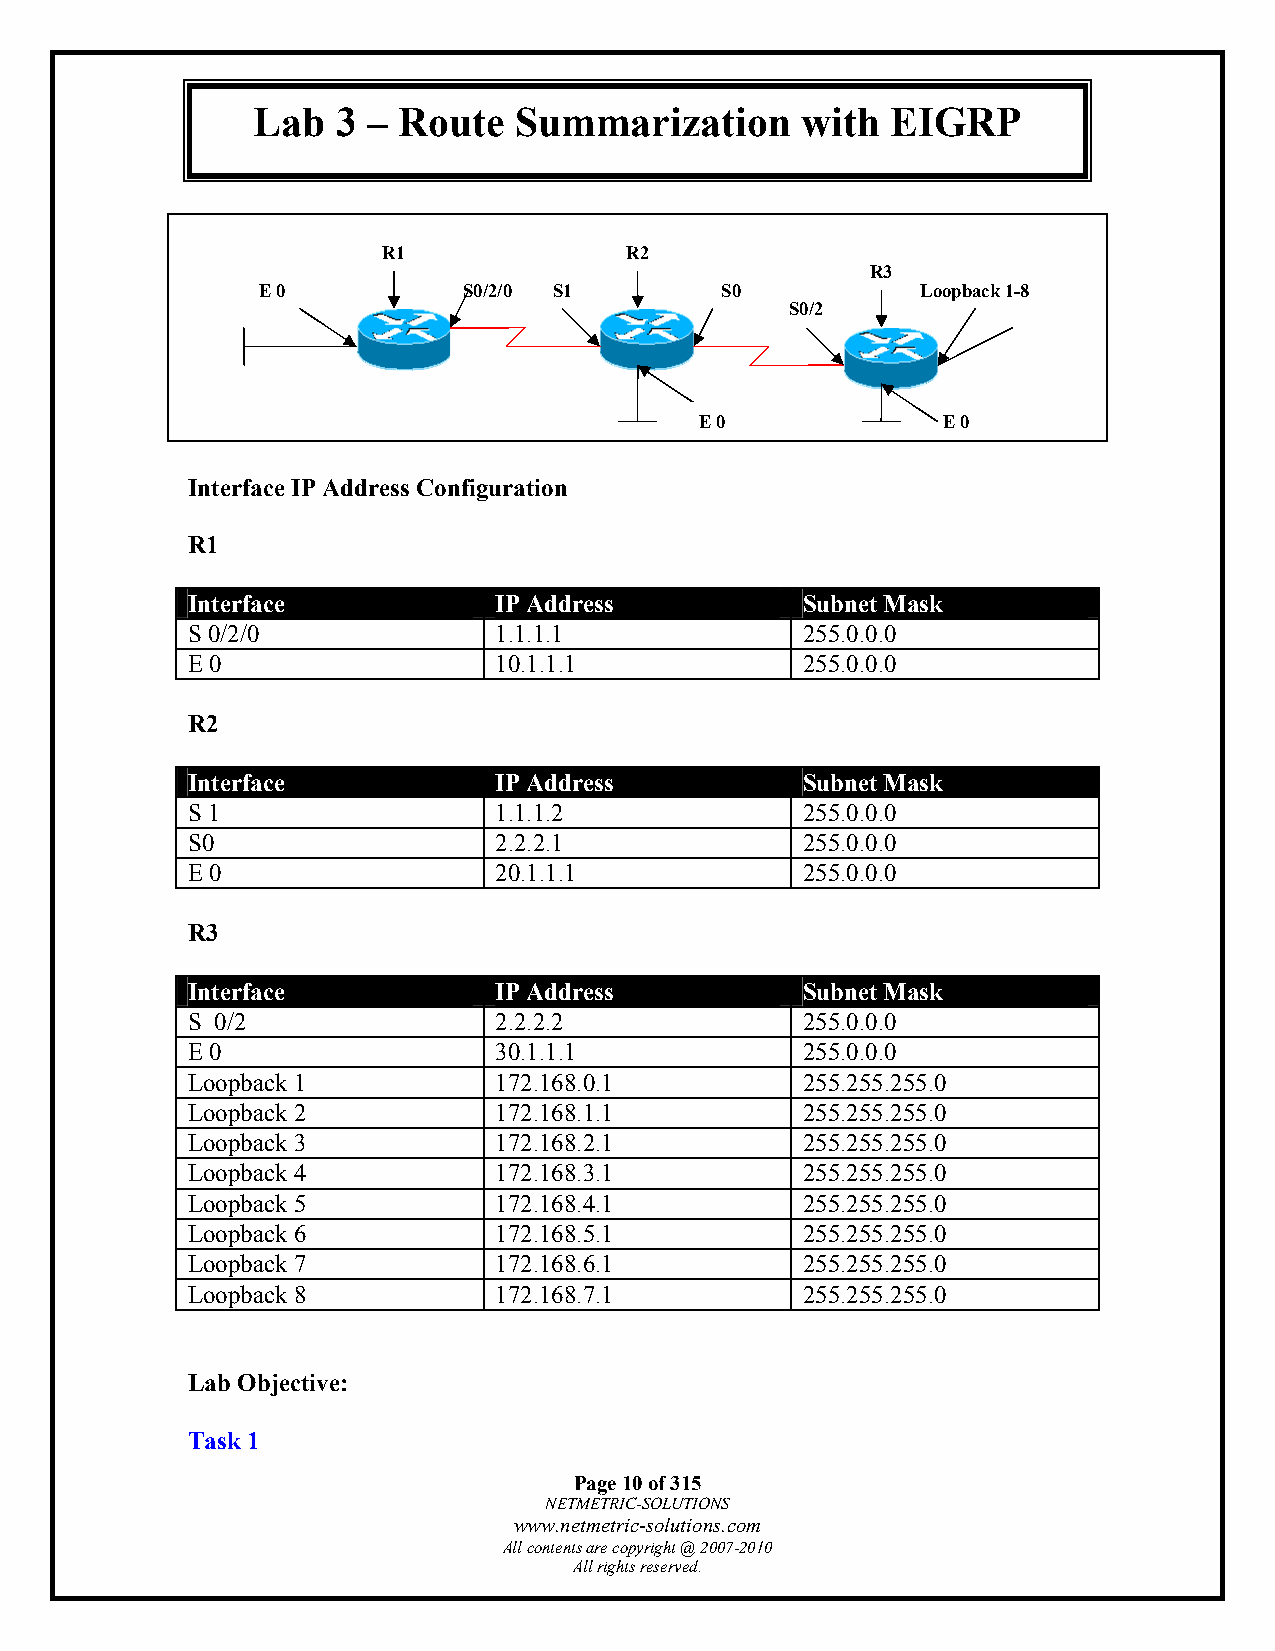
Lab  3 – Route   Summarization      with  EIGRP
 R1              R2
 R3
 E 0           S0/2/0 S1        S0           Loopback 1-8
 S0/2
 E 0             E 0
 Interface IP Address Configuration
 R1
 Interface            IP Address          Subnet Mask
 S 0/2/0              1.1.1.1             255.0.0.0
 E 0                  10.1.1.1            255.0.0.0
 R2
 Interface            IP Address          Subnet Mask
 S 1                  1.1.1.2             255.0.0.0
 S0                   2.2.2.1             255.0.0.0
 E 0                  20.1.1.1            255.0.0.0
 R3
 Interface            IP Address          Subnet Mask
 S 0/2                2.2.2.2             255.0.0.0
 E 0                  30.1.1.1            255.0.0.0
 Loopback 1           172.168.0.1         255.255.255.0
 Loopback 2           172.168.1.1         255.255.255.0
 Loopback 3           172.168.2.1         255.255.255.0
 Loopback 4           172.168.3.1         255.255.255.0
 Loopback 5           172.168.4.1         255.255.255.0
 Loopback 6           172.168.5.1         255.255.255.0
 Loopback 7           172.168.6.1         255.255.255.0
 Loopback 8           172.168.7.1         255.255.255.0
 Lab Objective:
 Task 1
 Page 10 of 315
 NETMETRIC-SOLUTIONS
 www.netmetric-solutions.com
 All contents are copyright @ 2007-2010
 All rights reserved.